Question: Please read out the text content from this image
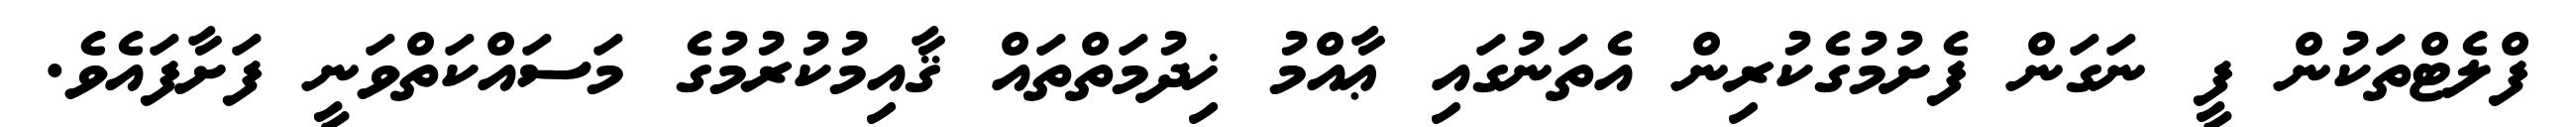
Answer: ފްލެޓްތަކުން ފީ ނަގަން ފެށުމުގެކުރިން އެތަނުގައި ޢާއްމު ޚިދުމަތްތައް ޤާއިމުކުރުމުގެ މަސައްކަތްވަނީ ފަށާފައެވެ.